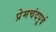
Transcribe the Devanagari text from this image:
प्रेमचंदपूर्व